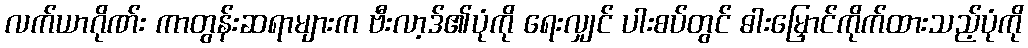
လက်ယာဂိုဏ်း ကာတွန်းဆရာများက ဗီးလာ့ဒ်၏ပုံကို ရေးလျှင် ပါးစပ်တွင် ဓါးမြှောင်ကိုက်ထားသည့်ပုံကို